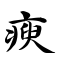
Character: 瘐